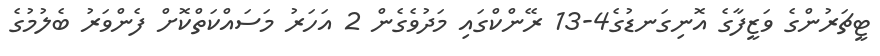
ޓީޗަރުންގެ ވަޒީފާގެ އޮނިގަނޑުގެ4-13 ރޭންކްގައި މަދުވެގެން 2 އަހަރު މަސައްކަތްކޮށް ފެންވަރު ބެލުމުގެ